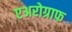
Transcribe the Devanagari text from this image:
एअरोग्राफ